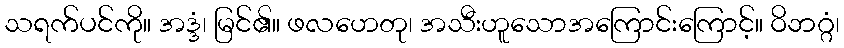
သရက်ပင်ကို။ အဒ္ဒံ၊ မြင်၏။ ဖလဟေတု၊ အသီးဟူသောအကြောင်းကြောင့်။ ဝိဘဂ္ဂံ၊